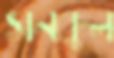
সনকুল